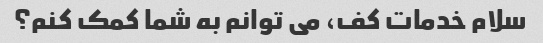
سلام خدمات کف، می توانم به شما کمک کنم؟